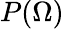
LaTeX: P(\Omega)